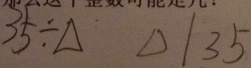
3 5 \div \Delta \Delta / 3 5